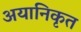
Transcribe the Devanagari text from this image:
अयानिकृत